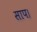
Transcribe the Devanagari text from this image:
साप।